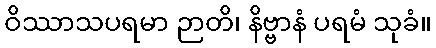
ဝိဿာသပရမာ ဉာတိ၊ နိဗ္ဗာနံ ပရမံ သုခံ။